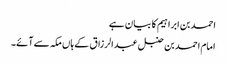
احمد بن ابراہیم کا بیان ہے
امام احمد بن حنبل عبدالرزاق کے ہاں مکہ سے آئے۔